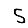
Digit: 5